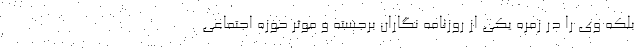
بلکه وی را در زمره یکی از روزنامه نگاران برجسته و موثر حوزه اجتماعی